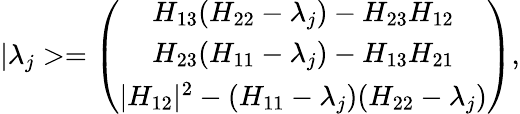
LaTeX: |\lambda_{j}>=\left(\begin{array}{c}{{H_{13}(H_{22}-\lambda_{j})-H_{23}H_{12}}}\\ {{H_{23}(H_{11}-\lambda_{j})-H_{13}H_{21}}}\\ {{|H_{12}|^{2}-(H_{11}-\lambda_{j})(H_{22}-\lambda_{j})}}\end{array}\right),